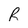
Character: R